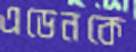
এডেনকে